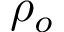
\rho _ { o }